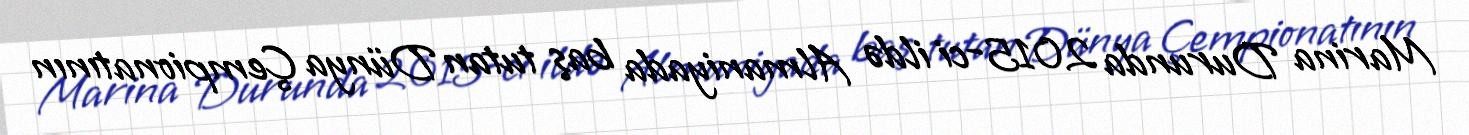
Marina Durunda 2015-ci ildə Almaniyada baş tutan Dünya Çempionatının